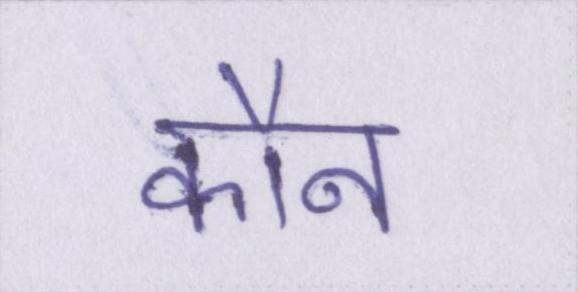
कौन